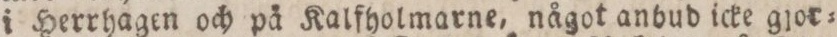
i Herrhagen och på Kalfholmarne, något anbud icke gjor=